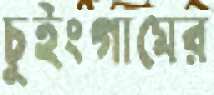
চুইংগামের